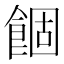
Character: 䭅